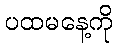
ပထမနေ့ကို